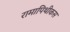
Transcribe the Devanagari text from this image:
रामापिथीकस